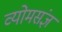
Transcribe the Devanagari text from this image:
व्योमसंज्ञं